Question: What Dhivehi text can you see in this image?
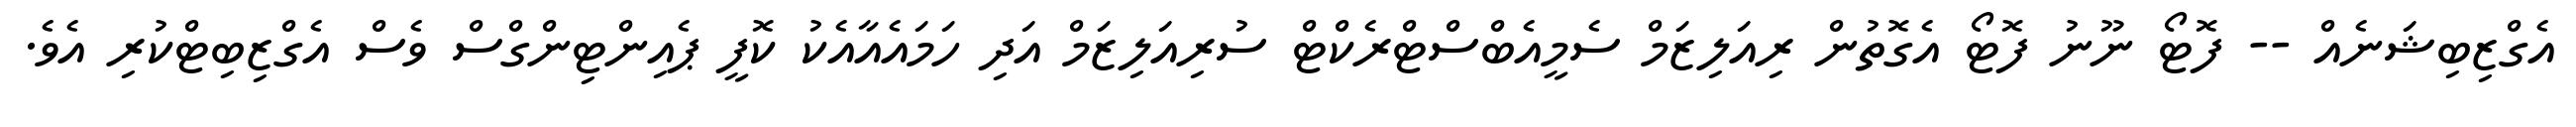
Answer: އެގްޒިބިޝަނެއް -- ފޮޓޯ ނޫނު ފޮޓޯ އެގޮތުން ރިއަލިޒަމް ސެމީއެބްސްޓްރެކްޓް ސުރިއަލިޒަމް އަދި ހަމައެއާއެކު ކޮފީ ޕެއިންޓިންގްސް ވެސް އެގްޒިބިޓްކުރި އެވެ.